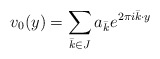
\begin{align*}v_0(y)=\sum_{\bar k\in J} a_{\bar k}e^{2\pi i \bar k\cdot y}\end{align*}